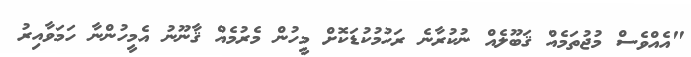
"އެއްވެސް މުޖުތަމެއް ޤަބޫލެއް ނުކުރާނެ ރަހުމުކުޑަކޮށް މީހުން މެރުމެއް ޤާނޫނު އެމީހުންނާ ހަމަވާއިރު